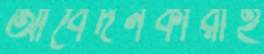
আবেদনকারীই